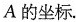
A的坐标。